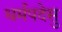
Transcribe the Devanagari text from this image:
धर्मपदेसु